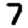
Digit: 7